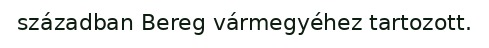
században Bereg vármegyéhez tartozott.